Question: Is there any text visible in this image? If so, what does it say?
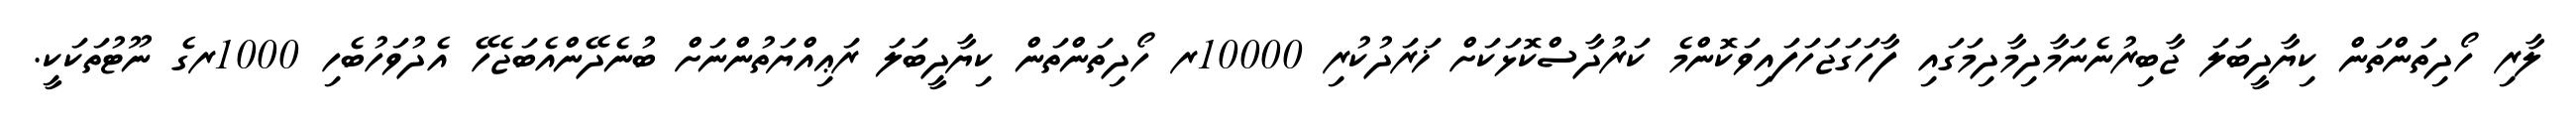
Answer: ލާރި ހޯދިތަންތަން ކިޔާދީބަލަ ޖާބިރުނެނަމާދިމާދިމަގައި ފާހަގަޖަހަފައިވަކޮންމެ ކަރުދާސްކޮޅަކަށް ޚަރަދުކުރި 10000ރ ހޯދިތަންތަން ކިޔާދީބަލަ ރަޢިއްޔަތުންނަށް ބުނެދޭންއެބަޖެހޭ އެދުވަހުބެހި 1000ރގެ ނޫޓުތަކަކީ.